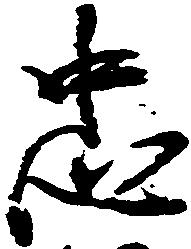
忠